Civil Veterinary Department ledger series I-VI
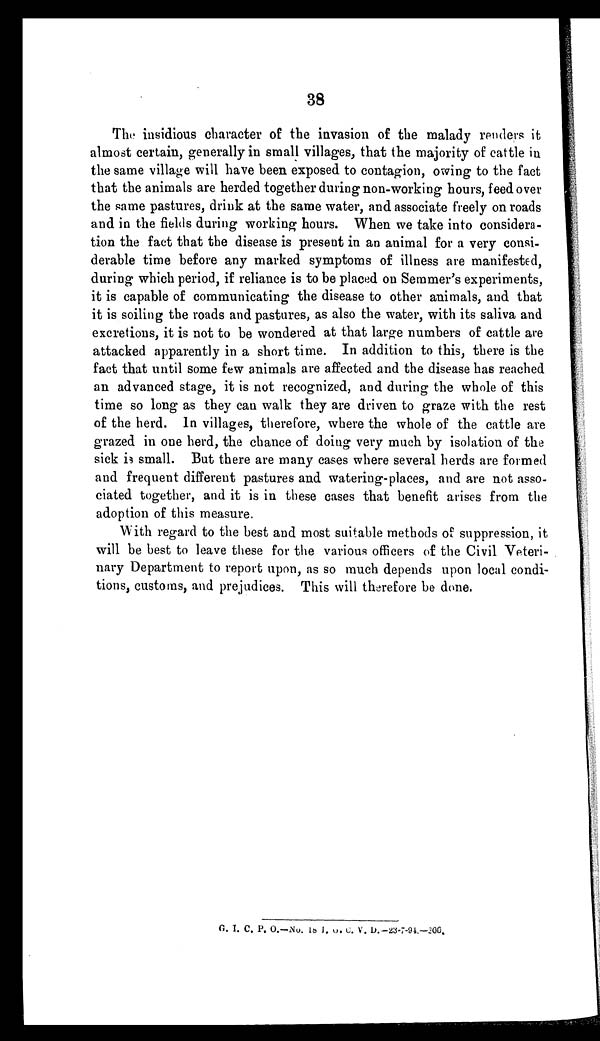
38
The insidious character of the invasion of the malady renders it
almost certain, generally in small villages, that the majority of cattle in
the same village will have been exposed to contagion, owing to the fact
that the animals are herded together during non-working hours, feed over
the same pastures, drink at the same water, and associate freely on roads
and in the fields during working hours. When we take into considera-
tion the fact that the disease is present in an animal for a very consi-
derable time before any marked symptoms of illness are manifested,
during which period, if reliance is to be placed on Semmer's experiments,
it is capable of communicating the disease to other animals, and that
it is soiling the roads and pastures, as also the water, with its saliva and
excretions, it is not to be wondered at that large numbers of cattle are
attacked apparently in a short time. In addition to this, there is the
fact that until some few animals are affected and the disease has reached
an advanced stage, it is not recognized, and during the whole of this
time so long as they can walk they are driven to graze with the rest
of the herd. In villages, therefore, where the whole of the cattle are
grazed in one herd, the chance of doing very much by isolation of the
sick is small. But there are many cases where several herds are formed
and frequent different pastures and watering-places, and are not asso-
ciated together, and it is in these cases that benefit arises from the
adoption of this measure.
With regard to the best and most suitable methods of suppression, it
will be best to leave these for the various officers of the Civil Veteri-
nary Department to report upon, as so much depends upon local condi-
tions, customs, and prejudices. This will therefore be done.
G. I. C. P. O.—No. 18 G. C. U.
D.-23-7-94.—200.